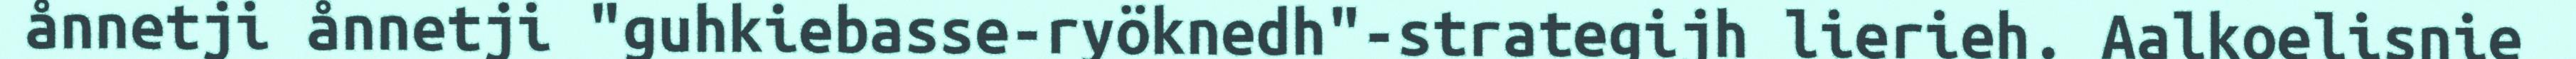
ånnetji ånnetji "guhkiebasse-ryöknedh"-strategijh lierieh. Aalkoelisnie